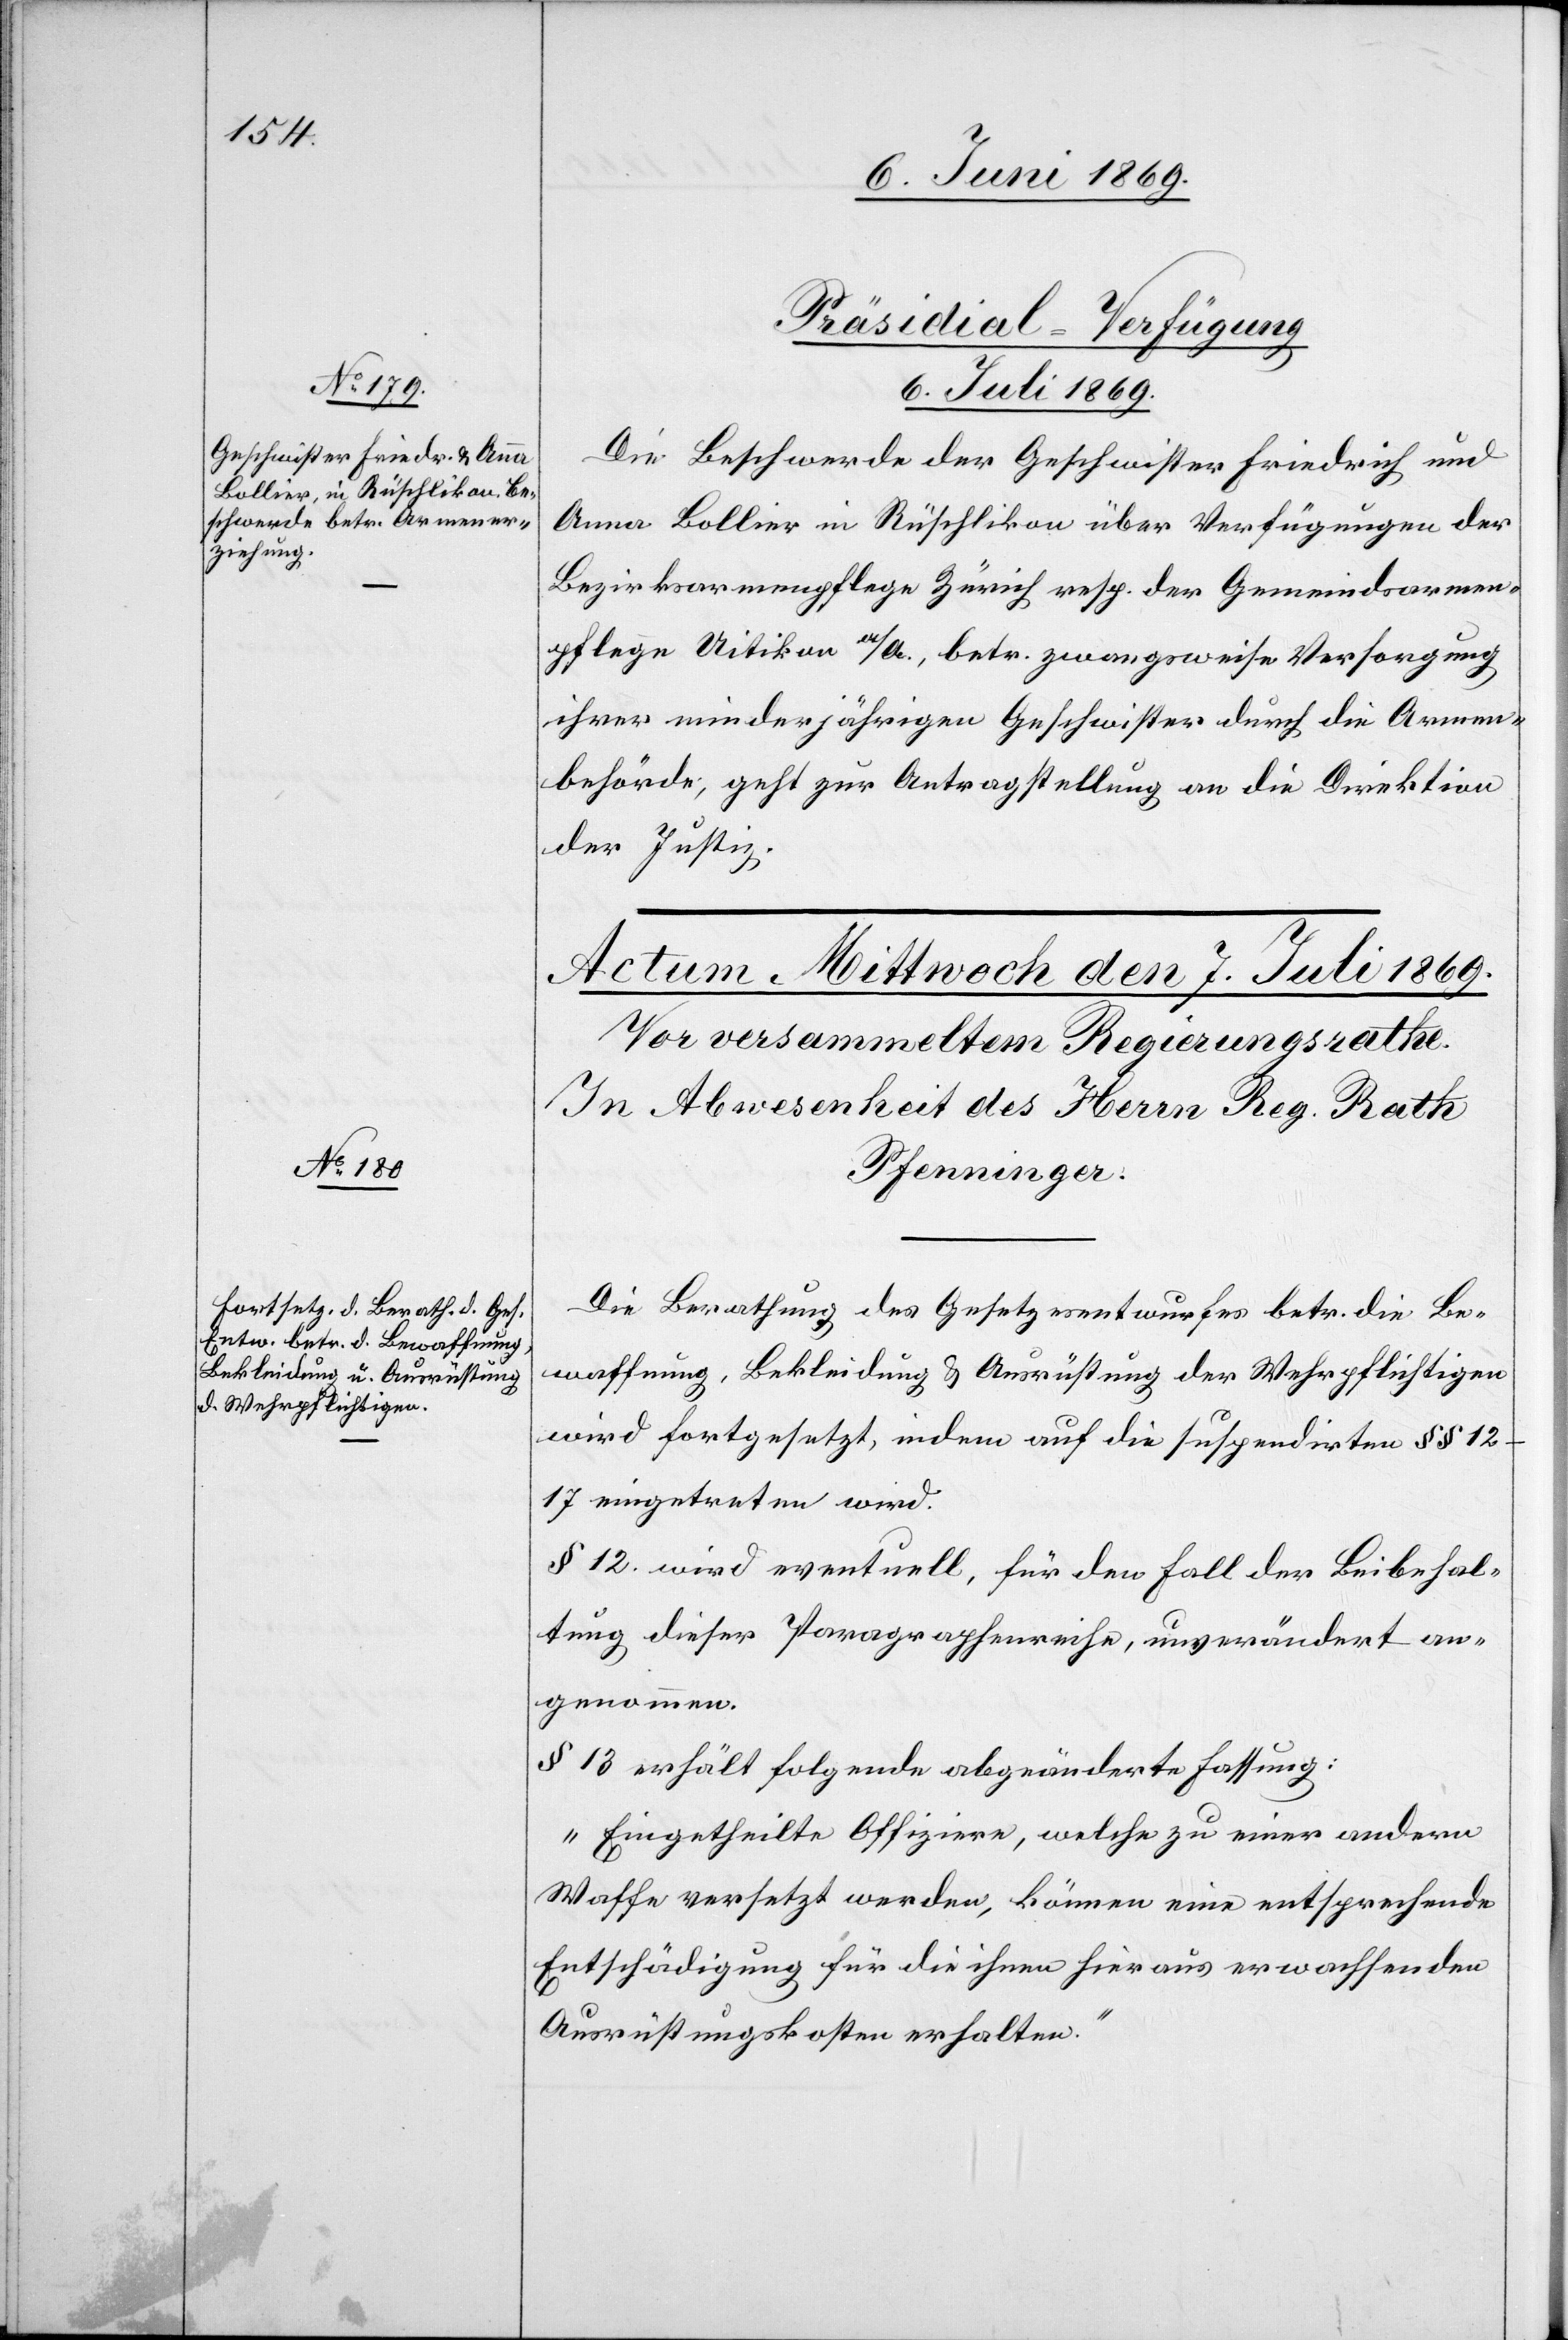
Präsidial-Verfügung.
6. Juli 1869.
Die Beschwerde der Geschwister Friedrich und
Anna Bollier in Rüschlikon über Verfügungen der
Bezirksarmenpflege Zürich resp. der Gemeindarmen¬
pflege Uitikon a/A., betr. zwangsweise Versorgung
ihrer minderjährigen Geschwister durch die Armen¬
behörde, geht zur Antragstellung an die Direktion
der Justiz.
Die Berathung des Gesetzesentwurfes betr. die Be¬
waffnung, Bekleidung u. Ausrüstung der Wehrpflichtigen
wird fortgesetzt, indem auf die suspendirten §§
12–17 eingetreten wird.
§ 12 wird eventuell, für den Fall der Beibehal¬
tung dieser Paragraphenreihe, unverändert an¬
genommen.
§ 13 erhält folgende abgeänderte Fassung:
„Eingetheilte Offiziere, welche zu einer andern
Waffe versetzt werden, können eine entsprechende
Entschädigung für die ihnen hieraus erwachsenden
Ausrüstungskosten erhalten.“